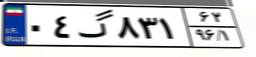
۴۲گ۰۹۴۴۶